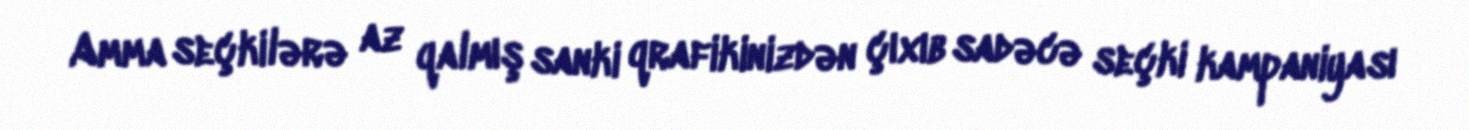
Amma seçkilərə az qalmış sanki qrafikinizdən çıxıb sadəcə seçki kampaniyası